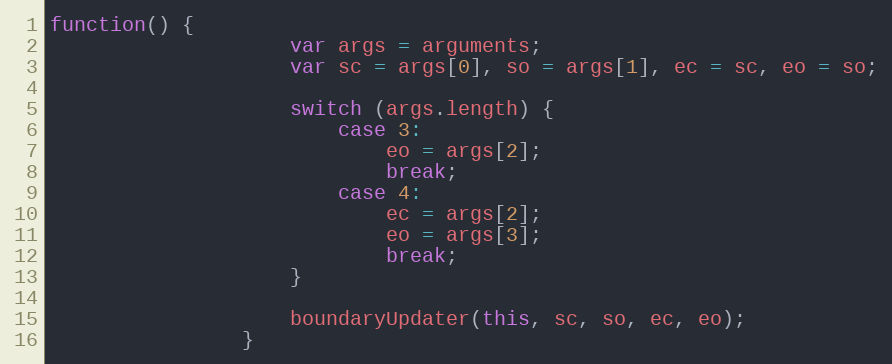
Language: JavaScript
function() {
                    var args = arguments;
                    var sc = args[0], so = args[1], ec = sc, eo = so;

                    switch (args.length) {
                        case 3:
                            eo = args[2];
                            break;
                        case 4:
                            ec = args[2];
                            eo = args[3];
                            break;
                    }

                    boundaryUpdater(this, sc, so, ec, eo);
                }